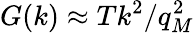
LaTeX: G(k)\approx Tk^{2}/q_{M}^{2}